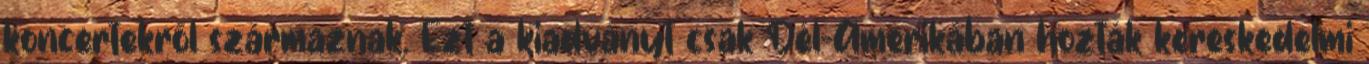
koncertekről származnak. Ezt a kiadványt csak Dél-Amerikában hozták kereskedelmi